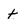
Character: t